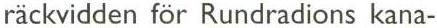
räckvidden för Rundradions kana-